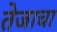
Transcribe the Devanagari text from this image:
तेजाचा